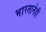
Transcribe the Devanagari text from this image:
भारतानेही